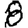
Digit: 8